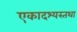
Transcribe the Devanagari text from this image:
एकादश्यस्तथा